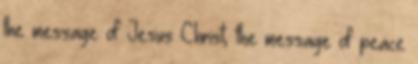
the message of Jesus Christ, the message of peace